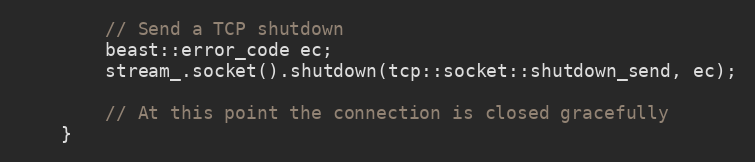
Language: C++
        // Send a TCP shutdown
        beast::error_code ec;
        stream_.socket().shutdown(tcp::socket::shutdown_send, ec);

        // At this point the connection is closed gracefully
    }